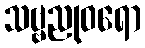
သဗ္ဗညုဝရော